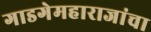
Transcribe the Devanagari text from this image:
गाडगेमहाराजांचा